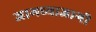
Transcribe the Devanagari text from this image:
जागच्याजागी